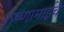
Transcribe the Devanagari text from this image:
कृष्णामाईचे